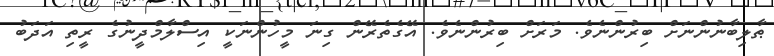
ޠާލިބާނުންނަށް ބިރުންނެވެ. މަރަށް ބިރުންނެވެ. އޭގެތެރޭން ގިނަ މީހުންނަކީ އިސްލާމްދީނުގެ ރީތި އަދަބު